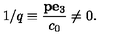
1 / q \equiv { \frac { { \bf p } { \bf e } _ { 3 } } { c _ { 0 } } } \neq 0 .